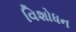
વિશોધન